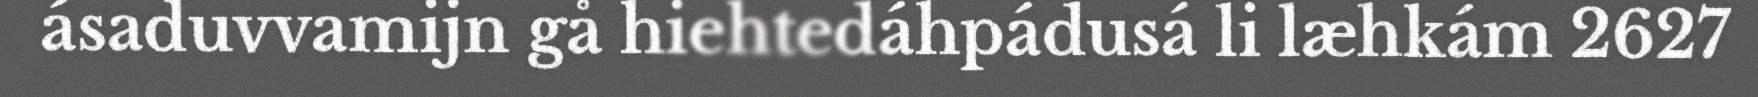
ásaduvvamijn gå hiehtedáhpádusá li læhkám 2627